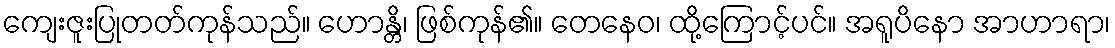
ကျေးဇူးပြုတတ်ကုန်သည်။ ဟောန္တိ၊ ဖြစ်ကုန်၏။ တေနေဝ၊ ထို့ကြောင့်ပင်။ အရူပိနော အာဟာရာ၊